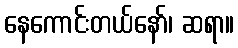
နေကောင်းတယ်နော်၊ ဆရာ။